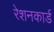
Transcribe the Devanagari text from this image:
रेशनकार्ड